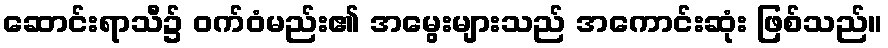
ဆောင်းရာသီ၌ ဝက်ဝံမည်း၏ အမွေးများသည် အကောင်းဆုံး ဖြစ်သည်။